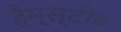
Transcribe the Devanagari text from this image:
हैम्स्टीड